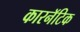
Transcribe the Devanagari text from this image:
कारनॅटिक